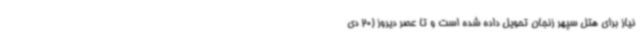
نیاز برای هتل سپهر زنجان تحویل داده شده است و تا عصر دیروز (20 دی